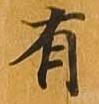
有